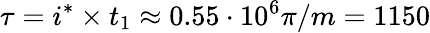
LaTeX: \tau=i^{*}\times t_{1}\approx 0.55\cdot 10^{6}\pi/m=1150